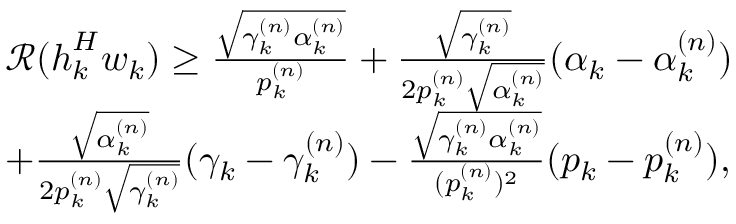
\begin{array} { r l } & { \mathcal R ( \boldsymbol h _ { k } ^ { H } \boldsymbol w _ { k } ) \geq \frac { \sqrt { \gamma _ { k } ^ { ( n ) } \alpha _ { k } ^ { ( n ) } } } { p _ { k } ^ { ( n ) } } + \frac { \sqrt { \gamma _ { k } ^ { ( n ) } } } { 2 p _ { k } ^ { ( n ) } \sqrt { \alpha _ { k } ^ { ( n ) } } } ( \alpha _ { k } - \alpha _ { k } ^ { ( n ) } ) } \\ & { + \frac { \sqrt { \alpha _ { k } ^ { ( n ) } } } { 2 p _ { k } ^ { ( n ) } \sqrt { \gamma _ { k } ^ { ( n ) } } } ( \gamma _ { k } - \gamma _ { k } ^ { ( n ) } ) - \frac { \sqrt { \gamma _ { k } ^ { ( n ) } \alpha _ { k } ^ { ( n ) } } } { ( p _ { k } ^ { ( n ) } ) ^ { 2 } } ( p _ { k } - p _ { k } ^ { ( n ) } ) , } \end{array}